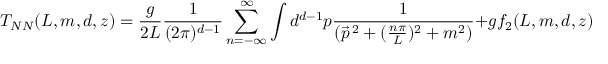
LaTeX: T _ { N N } ( L , m , d , z ) = \frac { g } { 2 L } \frac { 1 } { ( 2 \pi ) ^ { d - 1 } } \sum _ { n = - \infty } ^ { \infty } \int d ^ { d - 1 } p \frac { 1 } { ( \vec { p } ^ { \, 2 } + ( \frac { n \pi } { L } ) ^ { 2 } + m ^ { 2 } ) } + g f _ { 2 } ( L , m , d , z ) .